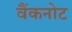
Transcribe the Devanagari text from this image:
वैंकनोट